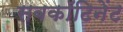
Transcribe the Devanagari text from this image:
सबकॉटिनेंट